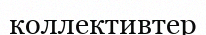
коллективтер